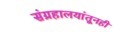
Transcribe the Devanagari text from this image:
संग्रहालयांतूनही